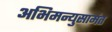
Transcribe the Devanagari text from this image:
अभिमन्युसामंत